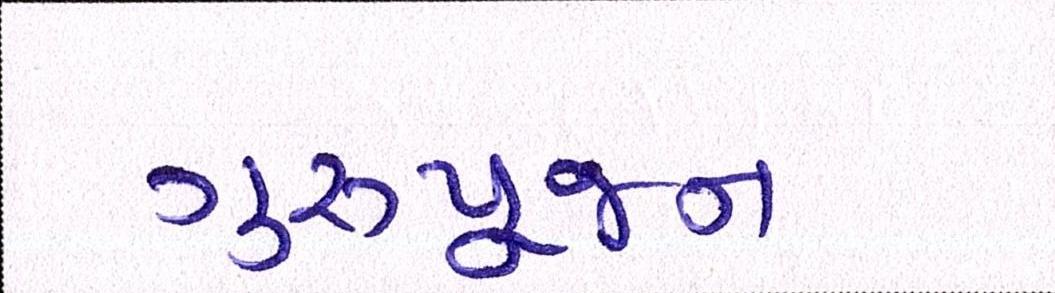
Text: ગુરૂપૂજન